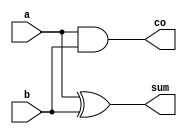
module half_adder_df(a,b,sum,co);
  input a,b;
  output sum,co;
  assign sum=a^b;    //xor(sum,a,b)
  assign co=a&b;     //and(co,a,b)
endmodule